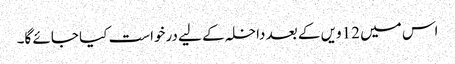
اس میں 12ویں کے بعد داخلہ کے لیے درخواست کیا جائے گا۔